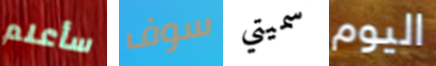
سأعلم سوف سميتي اليوم